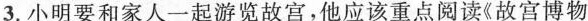
3.小明要和家人一起游览故宫，他应该重点阅读《故宫博物